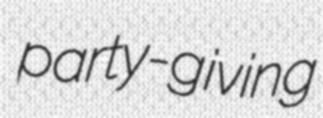
party-giving